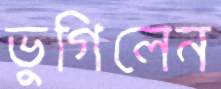
ভুগিলেন